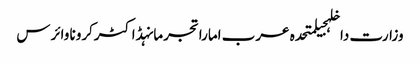
وزارت داخلہجیلمتحدہ عرب اماراتجرمانہڈاکٹرکرونا وائرس